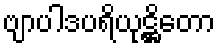
ဗျာပါဒပရိယုဋ္ဌိတော